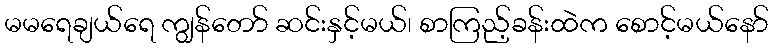
မမရေချယ်ရေ ကျွန်တော် ဆင်းနှင့်မယ်၊ စာကြည့်ခန်းထဲက စောင့်မယ်နော်